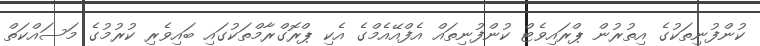
ކުންފުނިތަކުގެ އިތުރުން ޕްރައިވެޓް ކުންފުނިތައް އެފްއޭއެމްގެ އެކި ޕްރޮގްރާމްތަކުގައި ބައިވެރި ކުރުމުގެ މަސައްކަތް